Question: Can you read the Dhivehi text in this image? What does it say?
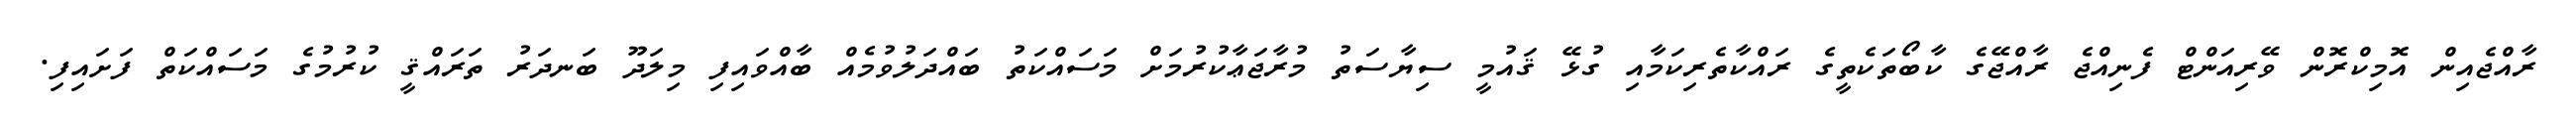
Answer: ރާއްޖެއިން އޮމިކްރޮން ވޭރިއަންޓް ފެނިއްޖެ ރާއްޖޭގެ ކާބޯތަކެތީގެ ރައްކާތެރިކަމާއި ގުޅޭ ޤައުމީ ސިޔާސަތު މުރާޖަޢާކުރުމަށް މަސައްކަތު ބައްދަލުވުމެއް ބާއްވައިފި މިލަދޫ ބަނދަރު ތަރައްޤީ ކުރުމުގެ މަސައްކަތް ފަށައިފި.